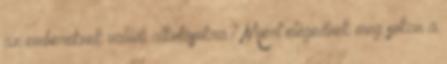
az embereknek valódi alkotásokra? Miért elégednek meg sokan a